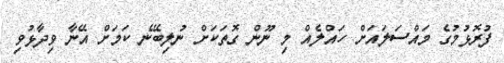
ފުރޮޅުމުގެ މައްސަލައަށް ހައްލެއް މި ނޫން ގޮތަކަށް ނުލިބޭނެ ކަމަށް އޭނާ ވިދާޅުވި